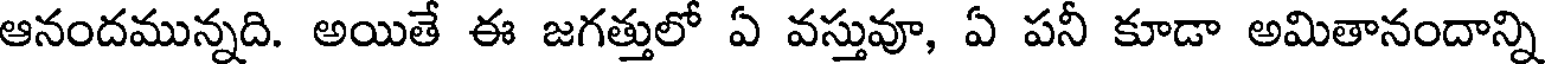
ఆనందమున్నది. అయితే ఈ జగత్తులో ఏ వస్తువూ, ఏ పనీ కూడా అమితానందాన్ని